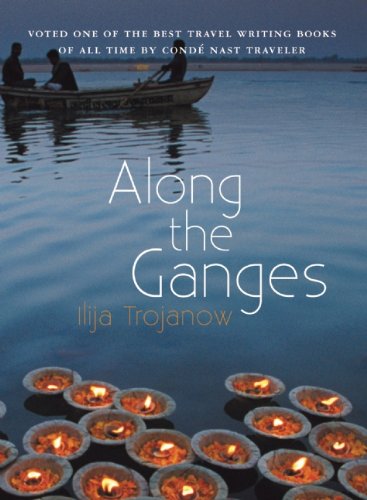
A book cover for Along The Ganges (Haus Publishing - Armchair Traveller); Ilija Trojanow; Travel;